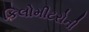
કિલોમીટરોની